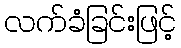
လက်ခံခြင်းဖြင့်